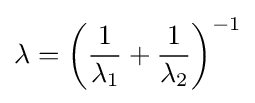
\lambda =\left({\frac {1}{\lambda _{1}}}+{\frac {1}{\lambda _{2}}}\right)^{-1}